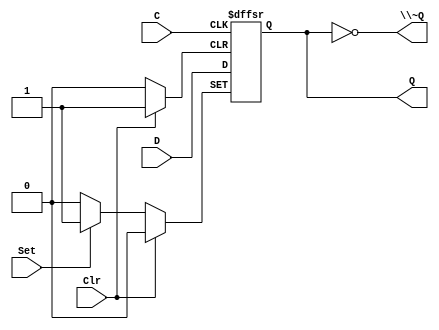
// This program was cloned from: https://github.com/rj45/rj32
// License: MIT License

/*
 * Generated by Digital. Don't modify this file!
 * Any changes will be lost if this file is regenerated.
 */

module DIG_D_FF_AS_1bit
#(
    parameter Default = 0
)
(
   input Set,
   input D,
   input C,
   input Clr,
   output Q,
   output \~Q
);
    reg state;

    assign Q = state;
    assign \~Q  = ~state;

    always @ (posedge C or posedge Clr or posedge Set)
    begin
        if (Set)
            state <= 1'b1;
        else if (Clr)
            state <= 'h0;
        else
            state <= D;
    end

    initial begin
        state = Default;
    end
endmodule

module DIG_Counter_Nbit
#(
    parameter Bits = 2
)
(
    output [(Bits-1):0] out,
    output ovf,
    input C,
    input en,
    input clr
);
    reg [(Bits-1):0] count;

    always @ (posedge C) begin
        if (clr)
          count <= 'h0;
        else if (en)
          count <= count + 1'b1;
    end

    assign out = count;
    assign ovf = en? &count : 1'b0;

    initial begin
        count = 'h0;
    end
endmodule


module Mux_2x1
(
    input [0:0] sel,
    input in_0,
    input in_1,
    output reg out
);
    always @ (*) begin
        case (sel)
            1'h0: out = in_0;
            1'h1: out = in_1;
            default:
                out = 'h0;
        endcase
    end
endmodule

module DIG_D_FF_1bit
#(
    parameter Default = 0
)
(
   input D,
   input C,
   output Q,
   output \~Q
);
    reg state;

    assign Q = state;
    assign \~Q = ~state;

    always @ (posedge C) begin
        state <= D;
    end

    initial begin
        state = Default;
    end
endmodule


module clockctrl (
  input clock,
  input step,
  input slow,
  input fast,
  input faster,
  input efast,
  output stall
);
  wire s0;
  wire s1;
  wire s2;
  wire s3;
  wire s4;
  wire s5;
  wire [22:0] s6;
  wire s7;
  wire s8;
  wire s9;
  wire s10;
  wire s11;
  DIG_D_FF_AS_1bit #(
    .Default(0)
  )
  DIG_D_FF_AS_1bit_i0 (
    .Set( 1'b0 ),
    .D( s3 ),
    .C( clock ),
    .Clr( step ),
    .Q( s4 )
  );
  assign s3 = (s4 | slow);
  DIG_Counter_Nbit #(
    .Bits(23)
  )
  DIG_Counter_Nbit_i1 (
    .en( s4 ),
    .C( clock ),
    .clr( step ),
    .out( s6 )
  );
  assign s5 = (s7 | step);
  DIG_D_FF_AS_1bit #(
    .Default(0)
  )
  DIG_D_FF_AS_1bit_i2 (
    .Set( 1'b0 ),
    .D( s10 ),
    .C( clock ),
    .Clr( step ),
    .Q( s11 )
  );
  assign s10 = (fast | efast | s11);
  Mux_2x1 Mux_2x1_i3 (
    .sel( faster ),
    .in_0( s8 ),
    .in_1( s9 ),
    .out( s7 )
  );
  DIG_D_FF_AS_1bit #(
    .Default(0)
  )
  DIG_D_FF_AS_1bit_i4 (
    .Set( s5 ),
    .D( 1'b0 ),
    .C( clock ),
    .Clr( 1'b0 ),
    .Q( s1 )
  );
  assign s8 = s6[22];
  assign s9 = s6[8];
  DIG_D_FF_1bit #(
    .Default(0)
  )
  DIG_D_FF_1bit_i5 (
    .D( s1 ),
    .C( clock ),
    .\~Q ( s2 )
  );
  assign s0 = ((s1 & s2) | s11);
  DIG_D_FF_1bit #(
    .Default(0)
  )
  DIG_D_FF_1bit_i6 (
    .D( s0 ),
    .C( clock ),
    .\~Q ( stall )
  );
endmodule

module Mux_2x1_NBits #(
    parameter Bits = 2
)
(
    input [0:0] sel,
    input [(Bits - 1):0] in_0,
    input [(Bits - 1):0] in_1,
    output reg [(Bits - 1):0] out
);
    always @ (*) begin
        case (sel)
            1'h0: out = in_0;
            1'h1: out = in_1;
            default:
                out = 'h0;
        endcase
    end
endmodule


module DIG_CounterPreset #(
    parameter Bits = 2,
    parameter maxValue = 4
)
(
    input C,
    input en,
    input clr,
    input dir,
    input [(Bits-1):0] in,
    input ld,
    output [(Bits-1):0] out,
    output ovf
);

    reg [(Bits-1):0] count = 'h0;

    function [(Bits-1):0] maxVal (input [(Bits-1):0] maxv);
        if (maxv == 0)
            maxVal = (1 << Bits) - 1;
        else
            maxVal = maxv;
    endfunction

    assign out = count;
    assign ovf = ((count == maxVal(maxValue) & dir == 1'b0)
                  | (count == 'b0 & dir == 1'b1))? en : 1'b0;

    always @ (posedge C) begin
        if (clr == 1'b1)
            count <= 'h0;
        else if (ld == 1'b1)
            count <= in;
        else if (en == 1'b1) begin
            if (dir == 1'b0) begin
                if (count == maxVal(maxValue))
                    count <= 'h0;
                else
                    count <= count + 1'b1;
            end
            else begin
                if (count == 'h0)
                    count <= maxVal(maxValue);
                else
                    count <= count - 1;
            end
        end
    end
endmodule


module DIG_Register_BUS #(
    parameter Bits = 1
)
(
    input C,
    input en,
    input [(Bits - 1):0]D,
    output [(Bits - 1):0]Q
);

    reg [(Bits - 1):0] state = 'h0;

    assign Q = state;

    always @ (posedge C) begin
        if (en)
            state <= D;
   end
endmodule

module fetch (
  input [15:0] result,
  input [15:0] instr_i,
  input clock,
  input fetch,
  input jump,
  input en,
  output [15:0] instr_o,
  output [15:0] pc
);
  wire s0;
  wire s1;
  wire [15:0] s2;
  assign s1 = (jump & en);
  assign s0 = (fetch & s1);
  Mux_2x1_NBits #(
    .Bits(16)
  )
  Mux_2x1_NBits_i0 (
    .sel( s1 ),
    .in_0( instr_i ),
    .in_1( 16'b0 ),
    .out( s2 )
  );
  // PC
  DIG_CounterPreset #(
    .Bits(16),
    .maxValue(0)
  )
  DIG_CounterPreset_i1 (
    .en( fetch ),
    .C( clock ),
    .dir( 1'b0 ),
    .in( result ),
    .ld( s0 ),
    .clr( 1'b0 ),
    .out( pc )
  );
  // IR
  DIG_Register_BUS #(
    .Bits(16)
  )
  DIG_Register_BUS_i2 (
    .D( s2 ),
    .C( clock ),
    .en( fetch ),
    .Q( instr_o )
  );
endmodule

module DIG_Register
(
    input C,
    input en,
    input D,
    output Q
);

    reg  state = 'h0;

    assign Q = state;

    always @ (posedge C) begin
        if (en)
            state <= D;
   end
endmodule

module CompUnsigned #(
    parameter Bits = 1
)
(
    input [(Bits -1):0] a,
    input [(Bits -1):0] b,
    output \> ,
    output \= ,
    output \<
);
    assign \> = a > b;
    assign \= = a == b;
    assign \< = a < b;
endmodule


module mcsequencer (
  input [4:0] op,
  input clock,
  input en,
  input [2:0] flags,
  input [2:0] fmask,
  input [4:0] next_t,
  input [4:0] next_f,
  output [5:0] uop,
  output \~nbusy ,
  output busy
);
  wire [4:0] s0;
  wire [4:0] s1;
  wire s2;
  wire [4:0] s3;
  wire s4;
  wire \~nbusy_temp ;
  wire s5;
  wire s6;
  wire [2:0] s7;
  assign s7 = (flags & fmask);
  // true?
  CompUnsigned #(
    .Bits(3)
  )
  CompUnsigned_i0 (
    .a( s7 ),
    .b( fmask ),
    .\= ( s6 )
  );
  Mux_2x1_NBits #(
    .Bits(5)
  )
  Mux_2x1_NBits_i1 (
    .sel( s6 ),
    .in_0( next_f ),
    .in_1( next_t ),
    .out( s0 )
  );
  // step
  DIG_Register_BUS #(
    .Bits(5)
  )
  DIG_Register_BUS_i2 (
    .D( s0 ),
    .C( clock ),
    .en( en ),
    .Q( s1 )
  );
  // ~nbusy?
  CompUnsigned #(
    .Bits(5)
  )
  CompUnsigned_i3 (
    .a( s0 ),
    .b( 5'b0 ),
    .\= ( s4 )
  );
  // op?
  CompUnsigned #(
    .Bits(5)
  )
  CompUnsigned_i4 (
    .a( s1 ),
    .b( 5'b0 ),
    .\= ( s2 )
  );
  assign \~nbusy_temp  = (s4 | ~ en);
  Mux_2x1_NBits #(
    .Bits(5)
  )
  Mux_2x1_NBits_i5 (
    .sel( s2 ),
    .in_0( s1 ),
    .in_1( op ),
    .out( s3 )
  );
  assign s5 = ~ \~nbusy_temp ;
  assign uop[4:0] = s3;
  assign uop[5] = ~ s2;
  // busy?
  DIG_Register DIG_Register_i6 (
    .D( s5 ),
    .C( clock ),
    .en( en ),
    .Q( busy )
  );
  assign \~nbusy  = \~nbusy_temp ;
endmodule
module DIG_ROM_64X32_Microcode (
    input [5:0] A,
    input sel,
    output reg [31:0] D
);
    reg [31:0] my_rom [0:38];

    always @ (*) begin
        if (~sel)
            D = 32'hz;
        else if (A > 6'h26)
            D = 32'h0;
        else
            D = my_rom[A];
    end

    initial begin
        my_rom[0] = 32'h0;
        my_rom[1] = 32'h0;
        my_rom[2] = 32'h8400002;
        my_rom[3] = 32'h10800001;
        my_rom[4] = 32'h34;
        my_rom[5] = 32'h0;
        my_rom[6] = 32'h700;
        my_rom[7] = 32'h0;
        my_rom[8] = 32'h0;
        my_rom[9] = 32'h4;
        my_rom[10] = 32'h304;
        my_rom[11] = 32'h0;
        my_rom[12] = 32'h20c80040;
        my_rom[13] = 32'h314800c0;
        my_rom[14] = 32'h540;
        my_rom[15] = 32'hc0;
        my_rom[16] = 32'h100;
        my_rom[17] = 32'h108;
        my_rom[18] = 32'h100;
        my_rom[19] = 32'h108;
        my_rom[20] = 32'h128;
        my_rom[21] = 32'h130;
        my_rom[22] = 32'h138;
        my_rom[23] = 32'h118;
        my_rom[24] = 32'h110;
        my_rom[25] = 32'h120;
        my_rom[26] = 32'h808;
        my_rom[27] = 32'h1008;
        my_rom[28] = 32'h1808;
        my_rom[29] = 32'h2008;
        my_rom[30] = 32'h2808;
        my_rom[31] = 32'h3008;
        my_rom[32] = 32'h0;
        my_rom[33] = 32'h8400002;
        my_rom[34] = 32'h10800001;
        my_rom[35] = 32'h500;
        my_rom[36] = 32'h20c80040;
        my_rom[37] = 32'h0;
        my_rom[38] = 32'h314800c0;
    end
endmodule


module control (
  input [4:0] op,
  input stall,
  input clock,
  input skip_n,
  input ack,
  output [2:0] aluop,
  output [2:0] cond,
  output skip,
  output halt,
  output error,
  output en_write,
  output mem,
  output store,
  output en_fetch,
  output jump,
  output write,
  output [1:0] wrmux
);
  wire skip_temp;
  wire en_write_temp;
  wire en_skip;
  wire [5:0] s0;
  wire [31:0] s1;
  wire [2:0] s2;
  wire [4:0] s3;
  wire [4:0] s4;
  wire [2:0] flags;
  wire \~nbusy_t ;
  wire busy;
  assign flags[0] = ack;
  assign flags[1] = 1'b0;
  assign flags[2] = 1'b0;
  // skip
  DIG_Register DIG_Register_i0 (
    .D( skip_n ),
    .C( clock ),
    .en( en_skip ),
    .Q( skip_temp )
  );
  mcsequencer mcsequencer_i1 (
    .op( op ),
    .clock( clock ),
    .en( en_write_temp ),
    .flags( flags ),
    .fmask( s2 ),
    .next_t( s3 ),
    .next_f( s4 ),
    .uop( s0 ),
    .\~nbusy ( \~nbusy_t  ),
    .busy( busy )
  );
  assign en_skip = (~ stall | busy);
  assign en_write_temp = (~ skip_temp & en_skip);
  // Microcode
  DIG_ROM_64X32_Microcode DIG_ROM_64X32_Microcode_i2 (
    .A( s0 ),
    .sel( 1'b1 ),
    .D( s1 )
  );
  assign en_fetch = (en_skip & \~nbusy_t );
  assign halt = (en_write_temp & s1[0]);
  assign error = (s1[1] & en_write_temp);
  assign jump = s1[2];
  assign aluop = s1[5:3];
  assign mem = s1[6];
  assign store = s1[7];
  assign write = s1[8];
  assign wrmux = s1[10:9];
  assign cond = s1[13:11];
  assign s2 = s1[21:19];
  assign s3 = s1[26:22];
  assign s4 = s1[31:27];
  assign skip = skip_temp;
  assign en_write = en_write_temp;
endmodule

module Mux_4x1_NBits #(
    parameter Bits = 2
)
(
    input [1:0] sel,
    input [(Bits - 1):0] in_0,
    input [(Bits - 1):0] in_1,
    input [(Bits - 1):0] in_2,
    input [(Bits - 1):0] in_3,
    output reg [(Bits - 1):0] out
);
    always @ (*) begin
        case (sel)
            2'h0: out = in_0;
            2'h1: out = in_1;
            2'h2: out = in_2;
            2'h3: out = in_3;
            default:
                out = 'h0;
        endcase
    end
endmodule


module writeback (
  input [15:0] L,
  input [15:0] R,
  input [15:0] result,
  input [15:0] rdval,
  input [15:0] D,
  input [1:0] wrmux,
  output [15:0] wrval,
  output [15:0] result_out,
  output [15:0] rdval_out
);
  Mux_4x1_NBits #(
    .Bits(16)
  )
  Mux_4x1_NBits_i0 (
    .sel( wrmux ),
    .in_0( result ),
    .in_1( L ),
    .in_2( D ),
    .in_3( R ),
    .out( wrval )
  );
  assign result_out = result;
  assign rdval_out = rdval;
endmodule

module memaccess (
  input [15:0] result,
  input [15:0] rdval,
  input store,
  input en,
  output [13:0] A,
  output str,
  output [15:0] D_in
);
  assign str = (store & en);
  assign A = result[13:0];
  assign D_in = rdval;
endmodule

module Decoder2 (
    output out_0,
    output out_1,
    output out_2,
    output out_3,
    input [1:0] sel
);
    assign out_0 = (sel == 2'h0)? 1'b1 : 1'b0;
    assign out_1 = (sel == 2'h1)? 1'b1 : 1'b0;
    assign out_2 = (sel == 2'h2)? 1'b1 : 1'b0;
    assign out_3 = (sel == 2'h3)? 1'b1 : 1'b0;
endmodule


module Demux1
(
    output out_0,
    output out_1,
    input [0:0] sel,
    input in
);
    assign out_0 = (sel == 1'h0)? in : 'd0;
    assign out_1 = (sel == 1'h1)? in : 'd0;
endmodule


module instdecoder (
  input [1:0] fmt,
  input [4:0] op0,
  output [4:0] op,
  output rd_valid,
  output rs_valid,
  output imm_valid,
  output mem,
  output i11
);
  wire rr;
  wire s0;
  wire mem_temp;
  wire ri6;
  wire [4:0] s1;
  wire [4:0] s2;
  wire [4:0] s3;
  wire [4:0] s4;
  wire i11_temp;
  wire s5;
  wire ri8;
  wire [4:0] s6;
  Decoder2 Decoder2_i0 (
    .sel( fmt ),
    .out_0( rr ),
    .out_1( s0 ),
    .out_2( mem_temp ),
    .out_3( ri6 )
  );
  assign s2[1:0] = op0[1:0];
  assign s2[4:2] = 3'b11;
  assign s4[0] = op0[1];
  assign s4[4:1] = 4'b11;
  assign s3[3:0] = op0[3:0];
  assign s3[4] = 1'b1;
  assign s6[1:0] = op0[2:1];
  assign s6[4:2] = 3'b10;
  assign s5 = op0[0];
  assign rs_valid = (mem_temp | rr);
  assign imm_valid = ~ (rr | mem_temp);
  Demux1 Demux1_i1 (
    .sel( s5 ),
    .in( s0 ),
    .out_0( ri8 ),
    .out_1( i11_temp )
  );
  Mux_2x1_NBits #(
    .Bits(5)
  )
  Mux_2x1_NBits_i2 (
    .sel( s5 ),
    .in_0( s4 ),
    .in_1( s6 ),
    .out( s1 )
  );
  Mux_4x1_NBits #(
    .Bits(5)
  )
  Mux_4x1_NBits_i3 (
    .sel( fmt ),
    .in_0( op0 ),
    .in_1( s1 ),
    .in_2( s2 ),
    .in_3( s3 ),
    .out( op )
  );
  assign rd_valid = ~ i11_temp;
  assign mem = mem_temp;
  assign i11 = i11_temp;
endmodule
module DIG_BitExtender #(
    parameter inputBits = 2,
    parameter outputBits = 4
)
(
    input [(inputBits-1):0] in,
    output [(outputBits - 1):0] out
);
    assign out = {{(outputBits - inputBits){in[inputBits - 1]}}, in};
endmodule




module decoder (
  input [15:0] rdval,
  input [15:0] rsval,
  input [15:0] instr,
  input [15:0] pc,
  input jump,
  output [3:0] rs,
  output [3:0] rd,
  output [15:0] L,
  output [15:0] R,
  output [4:0] op,
  output rs_valid,
  output rd_valid,
  output [15:0] imm,
  output immv
);
  wire [1:0] fmt;
  wire [4:0] op0;
  wire rd_valid_temp;
  wire rs_valid_temp;
  wire imm_valid;
  wire mem;
  wire i11;
  wire [3:0] rs_i;
  wire [3:0] rd_i;
  wire [5:0] s0;
  wire [7:0] s1;
  wire [10:0] s2;
  wire [15:0] imm11;
  wire [15:0] imm6;
  wire [15:0] imm_temp;
  wire [15:0] s3;
  wire [15:0] imm8;
  wire [15:0] off4;
  wire [15:0] s4;
  assign off4[3:0] = instr[7:4];
  assign off4[15:4] = 12'b0;
  Mux_2x1_NBits #(
    .Bits(16)
  )
  Mux_2x1_NBits_i0 (
    .sel( jump ),
    .in_0( rdval ),
    .in_1( pc ),
    .out( s3 )
  );
  assign fmt = instr[1:0];
  assign op0 = instr[6:2];
  assign rs_i = instr[11:8];
  assign rd_i = instr[15:12];
  assign s0 = instr[11:6];
  assign s1 = instr[11:4];
  assign s2 = instr[15:5];
  instdecoder instdecoder_i1 (
    .fmt( fmt ),
    .op0( op0 ),
    .op( op ),
    .rd_valid( rd_valid_temp ),
    .rs_valid( rs_valid_temp ),
    .imm_valid( imm_valid ),
    .mem( mem ),
    .i11( i11 )
  );
  DIG_BitExtender #(
    .inputBits(11),
    .outputBits(16)
  )
  DIG_BitExtender_i2 (
    .in( s2 ),
    .out( imm11 )
  );
  DIG_BitExtender #(
    .inputBits(6),
    .outputBits(16)
  )
  DIG_BitExtender_i3 (
    .in( s0 ),
    .out( imm6 )
  );
  DIG_BitExtender #(
    .inputBits(8),
    .outputBits(16)
  )
  DIG_BitExtender_i4 (
    .in( s1 ),
    .out( imm8 )
  );
  Mux_2x1_NBits #(
    .Bits(4)
  )
  Mux_2x1_NBits_i5 (
    .sel( rd_valid_temp ),
    .in_0( 4'b0 ),
    .in_1( rd_i ),
    .out( rd )
  );
  Mux_2x1_NBits #(
    .Bits(4)
  )
  Mux_2x1_NBits_i6 (
    .sel( rs_valid_temp ),
    .in_0( 4'b0 ),
    .in_1( rs_i ),
    .out( rs )
  );
  assign immv = (imm_valid | mem);
  Mux_2x1_NBits #(
    .Bits(16)
  )
  Mux_2x1_NBits_i7 (
    .sel( i11 ),
    .in_0( imm8 ),
    .in_1( imm11 ),
    .out( s4 )
  );
  Mux_4x1_NBits #(
    .Bits(16)
  )
  Mux_4x1_NBits_i8 (
    .sel( fmt ),
    .in_0( 16'b0 ),
    .in_1( s4 ),
    .in_2( off4 ),
    .in_3( imm6 ),
    .out( imm_temp )
  );
  Mux_2x1_NBits #(
    .Bits(16)
  )
  Mux_2x1_NBits_i9 (
    .sel( imm_valid ),
    .in_0( rsval ),
    .in_1( imm_temp ),
    .out( R )
  );
  Mux_2x1_NBits #(
    .Bits(16)
  )
  Mux_2x1_NBits_i10 (
    .sel( mem ),
    .in_0( s3 ),
    .in_1( imm_temp ),
    .out( L )
  );
  assign rs_valid = rs_valid_temp;
  assign rd_valid = rd_valid_temp;
  assign imm = imm_temp;
endmodule
module DIG_BitExtenderSingle #(
    parameter outputBits = 2
)
(
    input in,
    output [(outputBits - 1):0] out
);
    assign out = {outputBits{in}};
endmodule



module DIG_Add
#(
    parameter Bits = 1
)
(
    input [(Bits-1):0] a,
    input [(Bits-1):0] b,
    input c_i,
    output [(Bits - 1):0] s,
    output c_o
);
   wire [Bits:0] temp;

   assign temp = a + b + c_i;
   assign s = temp [(Bits-1):0];
   assign c_o = temp[Bits];
endmodule



module funnelshifter (
  input [15:0] I,
  input [3:0] amt,
  input dir,
  input arith,
  output [15:0] O
);
  wire [1:0] s0;
  wire [15:0] s1;
  wire [15:0] s2;
  wire [15:0] s3;
  wire [15:0] s4;
  wire [15:0] s5;
  wire [18:0] s6;
  wire [1:0] s7;
  wire [18:0] s8;
  wire [18:0] s9;
  wire [18:0] s10;
  wire [18:0] s11;
  wire [30:0] s12;
  wire [3:0] s13;
  wire [15:0] s14;
  wire [15:0] s15;
  wire [31:0] s16;
  wire [3:0] s17;
  wire s18;
  wire [3:0] s19;
  wire [15:0] s20;
  wire s21;
  wire [15:0] s22;
  assign s19 = ~ amt;
  assign s21 = I[15];
  Mux_2x1_NBits #(
    .Bits(4)
  )
  Mux_2x1_NBits_i0 (
    .sel( dir ),
    .in_0( amt ),
    .in_1( s19 ),
    .out( s17 )
  );
  DIG_BitExtenderSingle #(
    .outputBits(16)
  )
  DIG_BitExtenderSingle_i1 (
    .in( s21 ),
    .out( s22 )
  );
  DIG_Add #(
    .Bits(4)
  )
  DIG_Add_i2 (
    .a( 4'b0 ),
    .b( s17 ),
    .c_i( dir ),
    .s( s13 ),
    .c_o( s18 )
  );
  Mux_2x1_NBits #(
    .Bits(16)
  )
  Mux_2x1_NBits_i3 (
    .sel( arith ),
    .in_0( 16'b0 ),
    .in_1( s22 ),
    .out( s20 )
  );
  Mux_2x1_NBits #(
    .Bits(16)
  )
  Mux_2x1_NBits_i4 (
    .sel( dir ),
    .in_0( I ),
    .in_1( s20 ),
    .out( s14 )
  );
  Mux_2x1_NBits #(
    .Bits(16)
  )
  Mux_2x1_NBits_i5 (
    .sel( dir ),
    .in_0( s20 ),
    .in_1( I ),
    .out( s15 )
  );
  assign s0 = s13[1:0];
  assign s7 = s13[3:2];
  assign s16[15:0] = s14;
  assign s16[31:16] = s15;
  assign s12 = s16[30:0];
  assign s8 = s12[18:0];
  assign s9 = s12[22:4];
  assign s10 = s12[26:8];
  assign s11 = s12[30:12];
  Mux_4x1_NBits #(
    .Bits(19)
  )
  Mux_4x1_NBits_i6 (
    .sel( s7 ),
    .in_0( s8 ),
    .in_1( s9 ),
    .in_2( s10 ),
    .in_3( s11 ),
    .out( s6 )
  );
  assign s1 = s6[15:0];
  assign s2 = s6[16:1];
  assign s3 = s6[17:2];
  assign s4 = s6[18:3];
  Mux_4x1_NBits #(
    .Bits(16)
  )
  Mux_4x1_NBits_i7 (
    .sel( s0 ),
    .in_0( s1 ),
    .in_1( s2 ),
    .in_2( s3 ),
    .in_3( s4 ),
    .out( s5 )
  );
  Mux_2x1_NBits #(
    .Bits(16)
  )
  Mux_2x1_NBits_i8 (
    .sel( s18 ),
    .in_0( s5 ),
    .in_1( s15 ),
    .out( O )
  );
endmodule

module Mux_8x1_NBits #(
    parameter Bits = 2
)
(
    input [2:0] sel,
    input [(Bits - 1):0] in_0,
    input [(Bits - 1):0] in_1,
    input [(Bits - 1):0] in_2,
    input [(Bits - 1):0] in_3,
    input [(Bits - 1):0] in_4,
    input [(Bits - 1):0] in_5,
    input [(Bits - 1):0] in_6,
    input [(Bits - 1):0] in_7,
    output reg [(Bits - 1):0] out
);
    always @ (*) begin
        case (sel)
            3'h0: out = in_0;
            3'h1: out = in_1;
            3'h2: out = in_2;
            3'h3: out = in_3;
            3'h4: out = in_4;
            3'h5: out = in_5;
            3'h6: out = in_6;
            3'h7: out = in_7;
            default:
                out = 'h0;
        endcase
    end
endmodule


module Mux_8x1
(
    input [2:0] sel,
    input in_0,
    input in_1,
    input in_2,
    input in_3,
    input in_4,
    input in_5,
    input in_6,
    input in_7,
    output reg out
);
    always @ (*) begin
        case (sel)
            3'h0: out = in_0;
            3'h1: out = in_1;
            3'h2: out = in_2;
            3'h3: out = in_3;
            3'h4: out = in_4;
            3'h5: out = in_5;
            3'h6: out = in_6;
            3'h7: out = in_7;
            default:
                out = 'h0;
        endcase
    end
endmodule


module execute (
  input [15:0] L,
  input [15:0] R,
  input [2:0] op,
  input [2:0] cond,
  output [15:0] L_out,
  output [15:0] R_out,
  output [15:0] result,
  output skip_n
);
  wire [15:0] s0;
  wire [15:0] s1;
  wire [15:0] \xor ;
  wire [15:0] s2;
  wire [15:0] s3;
  wire s4;
  wire [15:0] s5;
  wire [15:0] s6;
  wire s7;
  wire s8;
  wire hs;
  wire ne;
  wire eq;
  wire ge;
  wire lt;
  wire [3:0] s9;
  assign s5 = ~ R;
  assign \xor  = (L ^ R);
  assign s2 = (L & R);
  assign s3 = (L | R);
  assign s4 = op[0];
  assign s7 = op[2];
  assign s9 = R[3:0];
  Mux_2x1_NBits #(
    .Bits(16)
  )
  Mux_2x1_NBits_i0 (
    .sel( s4 ),
    .in_0( R ),
    .in_1( s5 ),
    .out( s6 )
  );
  // eq
  CompUnsigned #(
    .Bits(16)
  )
  CompUnsigned_i1 (
    .a( \xor  ),
    .b( 16'b0 ),
    .\= ( ne )
  );
  funnelshifter funnelshifter_i2 (
    .I( L ),
    .amt( s9 ),
    .dir( s4 ),
    .arith( s7 ),
    .O( s1 )
  );
  assign eq = ~ ne;
  DIG_Add #(
    .Bits(16)
  )
  DIG_Add_i3 (
    .a( L ),
    .b( s6 ),
    .c_i( s4 ),
    .s( s0 ),
    .c_o( s8 )
  );
  Mux_8x1_NBits #(
    .Bits(16)
  )
  Mux_8x1_NBits_i4 (
    .sel( op ),
    .in_0( s0 ),
    .in_1( s0 ),
    .in_2( s1 ),
    .in_3( s1 ),
    .in_4( s1 ),
    .in_5( \xor  ),
    .in_6( s2 ),
    .in_7( s3 ),
    .out( result )
  );
  assign hs = ~ s8;
  assign ge = (s0[15] ^ ((L[15] & s6[15] & ~ s0[15]) | (~ L[15] & ~ s6[15] & s0[15])));
  assign lt = ~ ge;
  Mux_8x1 Mux_8x1_i5 (
    .sel( cond ),
    .in_0( 1'b0 ),
    .in_1( eq ),
    .in_2( ne ),
    .in_3( lt ),
    .in_4( ge ),
    .in_5( s8 ),
    .in_6( hs ),
    .in_7( 1'b0 ),
    .out( skip_n )
  );
  assign L_out = L;
  assign R_out = R;
endmodule
module DIG_RegisterFile
#(
    parameter Bits = 8,
    parameter AddrBits = 4
)
(
    input [(Bits-1):0] Din,
    input we,
    input [(AddrBits-1):0] Rw,
    input C,
    input [(AddrBits-1):0] Ra,
    input [(AddrBits-1):0] Rb,
    output [(Bits-1):0] Da,
    output [(Bits-1):0] Db
);

    reg [(Bits-1):0] memory[0:((1 << AddrBits)-1)];

    assign Da = memory[Ra];
    assign Db = memory[Rb];

    always @ (posedge C) begin
        if (we)
            memory[Rw] <= Din;
    end
endmodule


module regfile (
  input [3:0] rs,
  input [3:0] rd,
  input [15:0] wrval,
  input clock,
  input en,
  input wr,
  output [15:0] rdval,
  output [15:0] rsval
);
  wire s0;
  assign s0 = (en & wr);
  DIG_RegisterFile #(
    .Bits(16),
    .AddrBits(4)
  )
  DIG_RegisterFile_i0 (
    .Din( wrval ),
    .we( s0 ),
    .Rw( rd ),
    .C( clock ),
    .Ra( rd ),
    .Rb( rs ),
    .Da( rdval ),
    .Db( rsval )
  );
endmodule
module DIG_RAMDualAccess
#(
    parameter Bits = 8,
    parameter AddrBits = 4
)
(
    input C, // Clock signal
    input ld,
    input [(AddrBits-1):0] \1A ,
    input [(AddrBits-1):0] \2A ,
    input [(Bits-1):0] \1Din ,
    input str,
    output [(Bits-1):0] \1D ,
    output [(Bits-1):0] \2D
);
    // CAUTION: uses distributed RAM
    reg [(Bits-1):0] memory [0:((1 << AddrBits)-1)];

    assign \1D = ld? memory[\1A ] : 'hz;
    assign \2D = memory[\2A ];

    always @ (posedge C) begin
        if (str)
            memory[\1A ] <= \1Din ;
    end

endmodule



module debugregs (
  input [15:0] data_in,
  input valid_in,
  input [7:0] addr_in,
  input ready_in,
  input write,
  input en,
  input clock,
  input [3:0] rd,
  input [15:0] wrval,
  input [7:0] sel,
  output [15:0] data_out,
  output valid_out,
  output [7:0] addr_out,
  output ready_out
);
  wire s0;
  wire [3:0] s1;
  wire [15:0] s2;
  wire [3:0] s3;
  wire [3:0] s4;
  wire s5;
  assign s0 = (en & write);
  assign s1 = addr_in[3:0];
  assign s3 = addr_in[7:4];
  assign s4 = sel[7:4];
  DIG_RAMDualAccess #(
    .Bits(16),
    .AddrBits(4)
  )
  DIG_RAMDualAccess_i0 (
    .str( s0 ),
    .C( clock ),
    .ld( 1'b0 ),
    .\1A ( rd ),
    .\1Din ( wrval ),
    .\2A ( s1 ),
    .\2D ( s2 )
  );
  // active?
  CompUnsigned #(
    .Bits(4)
  )
  CompUnsigned_i1 (
    .a( s3 ),
    .b( s4 ),
    .\= ( s5 )
  );
  Mux_2x1_NBits #(
    .Bits(16)
  )
  Mux_2x1_NBits_i2 (
    .sel( s5 ),
    .in_0( data_in ),
    .in_1( s2 ),
    .out( data_out )
  );
  assign valid_out = (s5 | valid_in);
  assign addr_out = addr_in;
  assign ready_out = ready_in;
endmodule

module debugmux (
  input [15:0] data_in,
  input valid_in,
  input [7:0] addr_in,
  input ready_in,
  input [7:0] sel,
  input [15:0] in_0,
  input [15:0] in_1,
  input [15:0] in_2,
  input [15:0] in_3,
  input [15:0] in_4,
  input [15:0] in_5,
  input [15:0] in_6,
  input [15:0] in_7,
  output [15:0] data_out,
  output valid_out,
  output [7:0] addr_out,
  output ready_out
);
  wire [4:0] s0;
  wire [4:0] s1;
  wire s2;
  wire [2:0] s3;
  wire [15:0] s4;
  assign s3 = addr_in[2:0];
  assign s0 = addr_in[7:3];
  assign s1 = sel[7:3];
  // active?
  CompUnsigned #(
    .Bits(5)
  )
  CompUnsigned_i0 (
    .a( s0 ),
    .b( s1 ),
    .\= ( s2 )
  );
  Mux_8x1_NBits #(
    .Bits(16)
  )
  Mux_8x1_NBits_i1 (
    .sel( s3 ),
    .in_0( in_0 ),
    .in_1( in_1 ),
    .in_2( in_2 ),
    .in_3( in_3 ),
    .in_4( in_4 ),
    .in_5( in_5 ),
    .in_6( in_6 ),
    .in_7( in_7 ),
    .out( s4 )
  );
  Mux_2x1_NBits #(
    .Bits(16)
  )
  Mux_2x1_NBits_i2 (
    .sel( s2 ),
    .in_0( data_in ),
    .in_1( s4 ),
    .out( data_out )
  );
  assign valid_out = (s2 | valid_in);
  assign addr_out = addr_in;
  assign ready_out = ready_in;
endmodule

module debugbus (
  input db_ready,
  input clock,
  input [15:0] ctrl,
  input [15:0] wrval,
  input [15:0] result,
  input [15:0] L,
  input [15:0] R,
  input [15:0] imm,
  input [15:0] pc,
  input [15:0] fullop,
  input [15:0] rdf,
  input [15:0] rsf,
  output [25:0] db
);
  wire [7:0] s0;
  wire s1;
  wire s2;
  wire [3:0] s3;
  wire [15:0] s4;
  wire s5;
  wire [7:0] s6;
  wire s7;
  wire [15:0] s8;
  wire s9;
  wire [7:0] s10;
  wire s11;
  wire s12;
  wire s13;
  wire [15:0] s14;
  wire [7:0] s15;
  assign s1 = ctrl[10];
  assign s2 = ctrl[12];
  assign s3 = rdf[3:0];
  debugregs debugregs_i0 (
    .data_in( 16'b0 ),
    .valid_in( 1'b0 ),
    .addr_in( s0 ),
    .ready_in( db_ready ),
    .write( s1 ),
    .en( s2 ),
    .clock( clock ),
    .rd( s3 ),
    .wrval( wrval ),
    .sel( 8'b0 ),
    .data_out( s4 ),
    .valid_out( s5 ),
    .addr_out( s6 ),
    .ready_out( s7 )
  );
  debugmux debugmux_i1 (
    .data_in( s4 ),
    .valid_in( s5 ),
    .addr_in( s6 ),
    .ready_in( s7 ),
    .sel( 8'b10000 ),
    .in_0( fullop ),
    .in_1( ctrl ),
    .in_2( L ),
    .in_3( R ),
    .in_4( result ),
    .in_5( wrval ),
    .in_6( imm ),
    .in_7( pc ),
    .data_out( s8 ),
    .valid_out( s9 ),
    .addr_out( s10 ),
    .ready_out( s11 )
  );
  // Addr Enumerator
  DIG_Counter_Nbit #(
    .Bits(8)
  )
  DIG_Counter_Nbit_i2 (
    .en( db_ready ),
    .C( clock ),
    .clr( s13 ),
    .out( s0 )
  );
  debugmux debugmux_i3 (
    .data_in( s8 ),
    .valid_in( s9 ),
    .addr_in( s10 ),
    .ready_in( s11 ),
    .sel( 8'b11000 ),
    .in_0( rdf ),
    .in_1( rsf ),
    .in_2( 16'b0 ),
    .in_3( 16'b0 ),
    .in_4( 16'b0 ),
    .in_5( 16'b0 ),
    .in_6( 16'b0 ),
    .in_7( 16'b0 ),
    .data_out( s14 ),
    .valid_out( s12 ),
    .addr_out( s15 )
  );
  assign s13 = ~ s12;
  assign db[15:0] = s14;
  assign db[16] = s12;
  assign db[24:17] = s15;
  assign db[25] = clock;
endmodule

module rj32 (
  input clock,
  input step,
  input run_slow,
  input [15:0] D_prog,
  input [15:0] D_in,
  input run_fast,
  input run_faster,
  input erun,
  input ack,
  output halt,
  output error,
  output skip,
  output stall,
  output [7:0] A_prog,
  output clock_m,
  output [13:0] A_data,
  output [15:0] D_out,
  output w_en,
  output [25:0] db,
  output req
);
  wire [15:0] s0;
  wire [15:0] s1;
  wire [15:0] s2;
  wire [15:0] s3;
  wire jump_t;
  wire [3:0] rs_t;
  wire [3:0] rd_t;
  wire [15:0] L_t;
  wire [15:0] R_t;
  wire [4:0] op_t;
  wire rsvalid_t;
  wire rdvalid_t;
  wire [15:0] imm_t;
  wire immv_t;
  wire [2:0] aluop_t;
  wire [2:0] cond_t;
  wire [15:0] s4;
  wire [15:0] s5;
  wire [15:0] result_t;
  wire skip_n;
  wire [15:0] wrval_t;
  wire en;
  wire write_t;
  wire en_fetch;
  wire halt_temp;
  wire error_temp;
  wire stall_temp;
  wire skip_temp;
  wire req_temp;
  wire store_t;
  wire [1:0] wrmux_t;
  wire [15:0] s6;
  wire [15:0] s7;
  wire [15:0] ctrl_t;
  wire [15:0] fullop_t;
  wire [15:0] rdf_t;
  wire [15:0] rsf_t;
  clockctrl clockctrl_i0 (
    .clock( clock ),
    .step( step ),
    .slow( run_slow ),
    .fast( run_fast ),
    .faster( run_faster ),
    .efast( erun ),
    .stall( stall_temp )
  );
  assign clock_m = ~ clock;
  fetch fetch_i1 (
    .result( result_t ),
    .instr_i( D_prog ),
    .clock( clock ),
    .fetch( en_fetch ),
    .jump( jump_t ),
    .en( en ),
    .instr_o( s2 ),
    .pc( s3 )
  );
  control control_i2 (
    .op( op_t ),
    .stall( stall_temp ),
    .clock( clock ),
    .skip_n( skip_n ),
    .ack( ack ),
    .aluop( aluop_t ),
    .cond( cond_t ),
    .skip( skip_temp ),
    .halt( halt_temp ),
    .error( error_temp ),
    .en_write( en ),
    .mem( req_temp ),
    .store( store_t ),
    .en_fetch( en_fetch ),
    .jump( jump_t ),
    .write( write_t ),
    .wrmux( wrmux_t )
  );
  assign ctrl_t[0] = stall_temp;
  assign ctrl_t[1] = skip_temp;
  assign ctrl_t[2] = halt_temp;
  assign ctrl_t[3] = error_temp;
  assign ctrl_t[4] = jump_t;
  assign ctrl_t[7:5] = aluop_t;
  assign ctrl_t[8] = req_temp;
  assign ctrl_t[9] = store_t;
  assign ctrl_t[10] = write_t;
  assign ctrl_t[11] = en_fetch;
  assign ctrl_t[12] = en;
  assign ctrl_t[14:13] = wrmux_t;
  assign ctrl_t[15] = immv_t;
  writeback writeback_i3 (
    .L( s4 ),
    .R( s5 ),
    .result( result_t ),
    .rdval( s0 ),
    .D( D_in ),
    .wrmux( wrmux_t ),
    .wrval( wrval_t ),
    .result_out( s6 ),
    .rdval_out( s7 )
  );
  memaccess memaccess_i4 (
    .result( s6 ),
    .rdval( s7 ),
    .store( store_t ),
    .en( en ),
    .A( A_data ),
    .str( w_en ),
    .D_in( D_out )
  );
  assign A_prog = s3[7:0];
  decoder decoder_i5 (
    .rdval( s0 ),
    .rsval( s1 ),
    .instr( s2 ),
    .pc( s3 ),
    .jump( jump_t ),
    .rs( rs_t ),
    .rd( rd_t ),
    .L( L_t ),
    .R( R_t ),
    .op( op_t ),
    .rs_valid( rsvalid_t ),
    .rd_valid( rdvalid_t ),
    .imm( imm_t ),
    .immv( immv_t )
  );
  execute execute_i6 (
    .L( L_t ),
    .R( R_t ),
    .op( aluop_t ),
    .cond( cond_t ),
    .L_out( s4 ),
    .R_out( s5 ),
    .result( result_t ),
    .skip_n( skip_n )
  );
  regfile regfile_i7 (
    .rs( rs_t ),
    .rd( rd_t ),
    .wrval( wrval_t ),
    .clock( clock ),
    .en( en ),
    .wr( write_t ),
    .rdval( s0 ),
    .rsval( s1 )
  );
  debugbus debugbus_i8 (
    .db_ready( 1'b1 ),
    .clock( clock ),
    .ctrl( ctrl_t ),
    .wrval( wrval_t ),
    .result( result_t ),
    .L( L_t ),
    .R( R_t ),
    .imm( imm_t ),
    .pc( s3 ),
    .fullop( fullop_t ),
    .rdf( rdf_t ),
    .rsf( rsf_t ),
    .db( db )
  );
  assign fullop_t[4:0] = op_t;
  assign fullop_t[7:5] = cond_t;
  assign fullop_t[15:8] = 8'b0;
  assign rdf_t[3:0] = rd_t;
  assign rdf_t[4] = jump_t;
  assign rdf_t[5] = rdvalid_t;
  assign rdf_t[15:6] = 10'b0;
  assign rsf_t[3:0] = rs_t;
  assign rsf_t[4] = 1'b0;
  assign rsf_t[5] = rsvalid_t;
  assign rsf_t[15:6] = 10'b0;
  assign halt = halt_temp;
  assign error = error_temp;
  assign skip = skip_temp;
  assign stall = stall_temp;
  assign req = req_temp;
endmodule